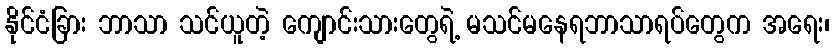
နိုင်ငံခြား ဘာသာ သင်ယူတဲ့ ကျောင်းသားတွေရဲ့ မသင်မနေရဘာသာရပ်တွေက အရေး၊